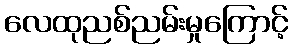
လေထုညစ်ညမ်းမှုကြောင့်